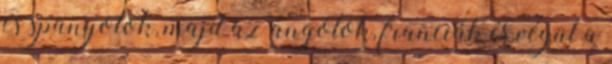
és spanyolok, majd az angolok, franciák és végül a